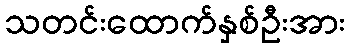
သတင်းထောက်နှစ်ဦးအား